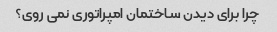
چرا برای دیدن ساختمان امپراتوری نمی روی؟